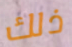
ذلك